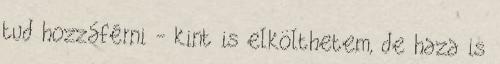
tud hozzáférni - kint is elkölthetem, de haza is